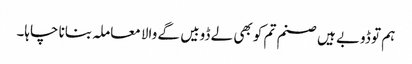
ہم تو ڈوبے ہیں صنم تم کو بھی لے ڈوبیں گے والا معاملہ بنانا چاہا۔